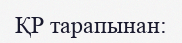
ҚР тарапынан: